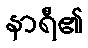
နာရီ၏